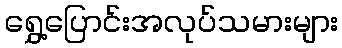
ရွှေ့ပြောင်းအလုပ်သမားများ